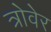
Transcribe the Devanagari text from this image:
त्रोवेर